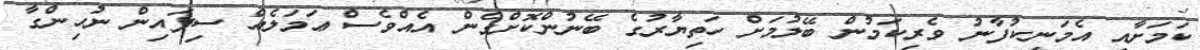
ކަމަށާއި އެމަނިކުފާނު ވެރިކަމުން ބޭލުމަށް ހަތިޔާރުގެ ބޭނުންކޮށްގެން އެއްވެސް ޢަމަލެއް ސިފައިން ނުހިންގާ